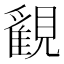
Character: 𧢉